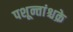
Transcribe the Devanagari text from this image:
पशून्तांश्चक्रे